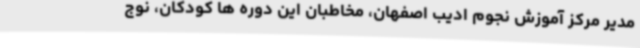
مدیر مرکز آموزش نجوم ادیب اصفهان، مخاطبان این دوره ها کودکان، نوج